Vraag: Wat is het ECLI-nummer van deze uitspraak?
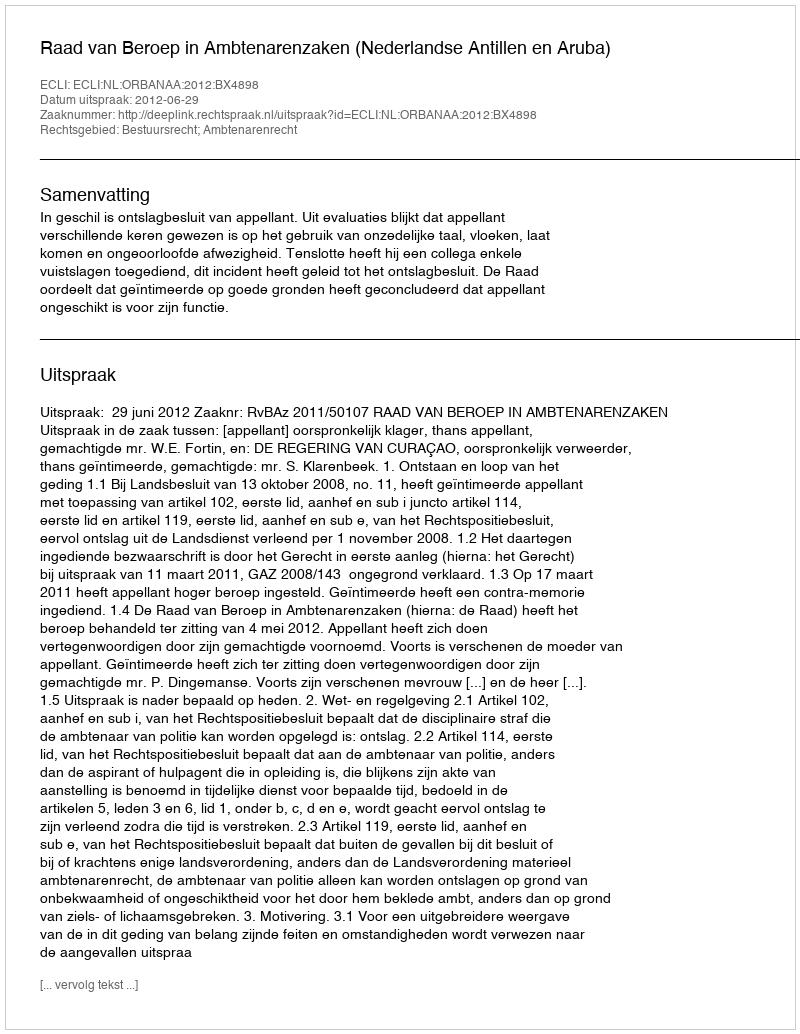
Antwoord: ECLI:NL:ORBANAA:2012:BX4898